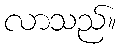
လာသည်။